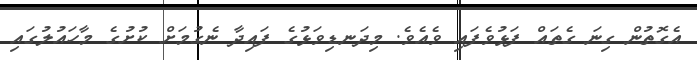
އެގޮތުން ގިނަ ގެތައް ފަޅުވެފައި ވެއެވެ. މިދަނޑިވަޅުގެ ފައިދާ ނެގުމަށް ކުށުގެ މާހައުލުގައި